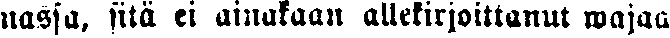
nassa, sitä ei ainakaan allekirjoittanut wajaa